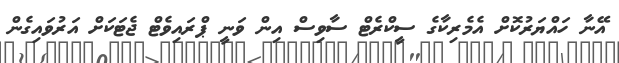
އޭނާ ހައްޔަރުކޮށް އެމެރިކާގެ ސީކްރެޓް ސާވިސް އިން ވަނީ ޕްރައިވެޓް ޖެޓަކަށް އަރުވައިގެން